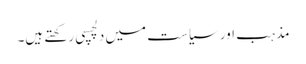
مذہب اور سیاست میں دلچسپی رکھتے ہیں۔